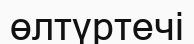
өлтүртечі